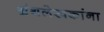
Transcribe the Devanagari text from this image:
ग्रंथलेखकांना